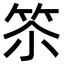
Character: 䇣